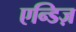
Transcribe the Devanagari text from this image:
एन्डिज़